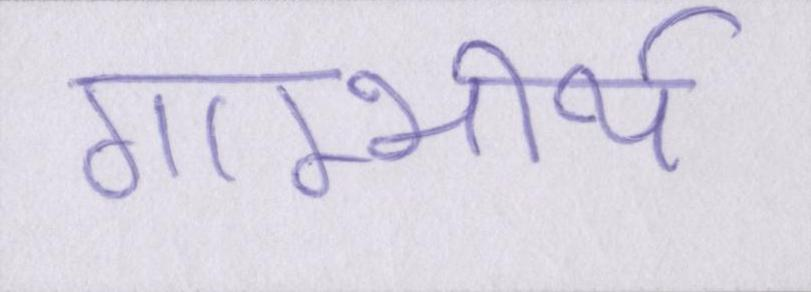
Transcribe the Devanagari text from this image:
गाम्भीर्य